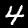
Label: 4